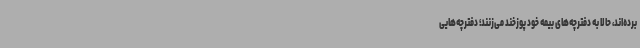
برده‌اند، حالا به دفترچه‌های بیمه خود پوزخند می‌زنند؛ دفترچه‌هایی